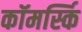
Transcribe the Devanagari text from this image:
कॉमर्स्कि